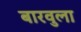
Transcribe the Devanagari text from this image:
बारवुला